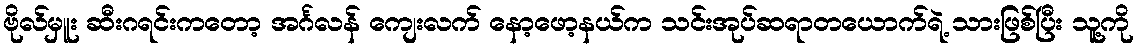
ဗိုလ်မှူး ဆီးဂရင်းကတော့ အင်္ဂလန် ကျေးလက် နော့ဖော့နယ်က သင်းအုပ်ဆရာတယောက်ရဲ့ သားဖြစ်ပြီး သူ့ကို